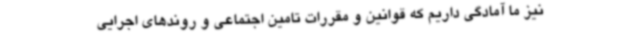
نیز ما آمادگی داریم که قوانین و مقررات تامین اجتماعی و روندهای اجرایی